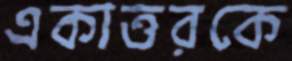
একাত্তরকে